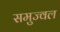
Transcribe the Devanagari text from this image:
समुज्वल